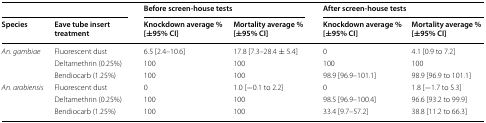
<table><thead><tr><td colspan="2"></td><td colspan="2"><b>Before screen-house tests</b></td><td colspan="2"><b>After screen-house tests</b></td></tr><tr><td><b>Species</b></td><td><b>Eave tube insert treatment</b></td><td><b>Knockdown average % [±95% CI]</b></td><td><b>Mortality average % [±95% CI]</b></td><td><b>Knockdown average % [±95% CI]</b></td><td><b>Mortality average % [±95% CI]</b></td></tr></thead><tbody><tr><td rowspan="3"><i>An. gambiae</i></td><td>Fluorescent dust</td><td>6.5 [2.4–10.6]</td><td>17.8 [7.3–28.4 ± 5.4]</td><td>0</td><td>4.1 [0.9 to 7.2]</td></tr><tr><td>Deltamethrin (0.25%)</td><td>100</td><td>100</td><td>100</td><td>100</td></tr><tr><td>Bendiocarb (1.25%)</td><td>100</td><td>100</td><td>98.9 [96.9–101.1]</td><td>98.9 [96.9 to 101.1]</td></tr><tr><td rowspan="3"><i>An. arabiensis</i></td><td>Fluorescent dust</td><td>0</td><td>1.0 [−0.1 to 2.2]</td><td>0</td><td>1.8 [−1.7 to 5.3]</td></tr><tr><td>Deltamethrin (0.25%)</td><td>100</td><td>100</td><td>98.5 [96.9–100.4]</td><td>96.6 [93.2 to 99.9]</td></tr><tr><td>Bendiocarb (1.25%)</td><td>100</td><td>100</td><td>33.4 [9.7–57.2]</td><td>38.8 [11.2 to 66.3]</td></tr></tbody></table>